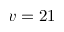
v = 2 1